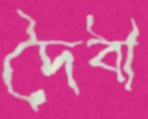
দৈবী